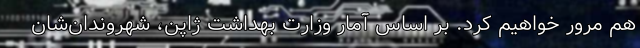
هم مرور خواهیم کرد. بر اساس ‌آمار وزارت بهداشت ژاپن،‌ شهروندان‌شان